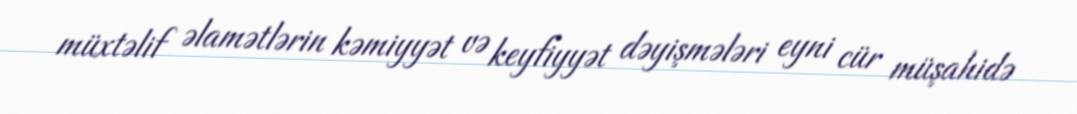
müxtəlif əlamətlərin kəmiyyət və keyfiyyət dəyişmələri eyni cür müşahidə